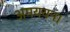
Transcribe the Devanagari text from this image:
अमययन।